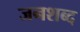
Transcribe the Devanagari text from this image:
जनशब्द